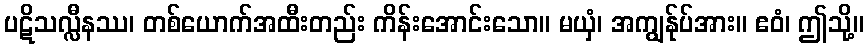
ပဋိသလ္လီနဿ၊ တစ်ယောက်အထီးတည်း ကိန်းအောင်းသော။ မယှံ၊ အကျွန်ုပ်အား။ ဧဝံ၊ ဤသို့။